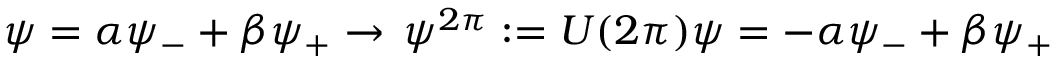
\psi = \alpha \psi _ { - } + \beta \psi _ { + } \rightarrow \, \psi ^ { 2 \pi } : = U ( 2 \pi ) \psi = - \alpha \psi _ { - } + \beta \psi _ { + }